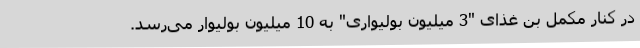
در کنار مکمل بن غذای "3 میلیون‌ بولیواری" به 10 میلیون بولیوار می‌رسد.